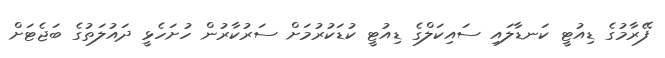
ފޭރާމުގެ ޑިއުޓީ ކަނޑާލައި ސައިކަލްގެ ޑިއުޓީ ކުޑަކުރުމަށް ސަރުކާރުން ހުށަހެޅީ ދައުލަތުގެ ބަޖެޓަށް